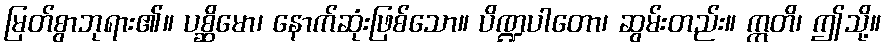
မြတ်စွာဘုရား၏။ ပစ္ဆိမော၊ နောက်ဆုံးဖြစ်သော။ ပိဏ္ဍပါတော၊ ဆွမ်းတည်း။ ဣတိ၊ ဤသို့။